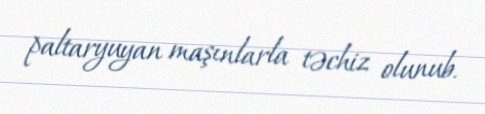
paltaryuyan maşınlarla təchiz olunub.